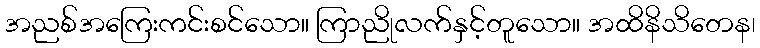
အညစ်အကြေးကင်းစင်သော။ ကြာညိုလက်နှင့်တူသော။ အထိနိသိတေန၊